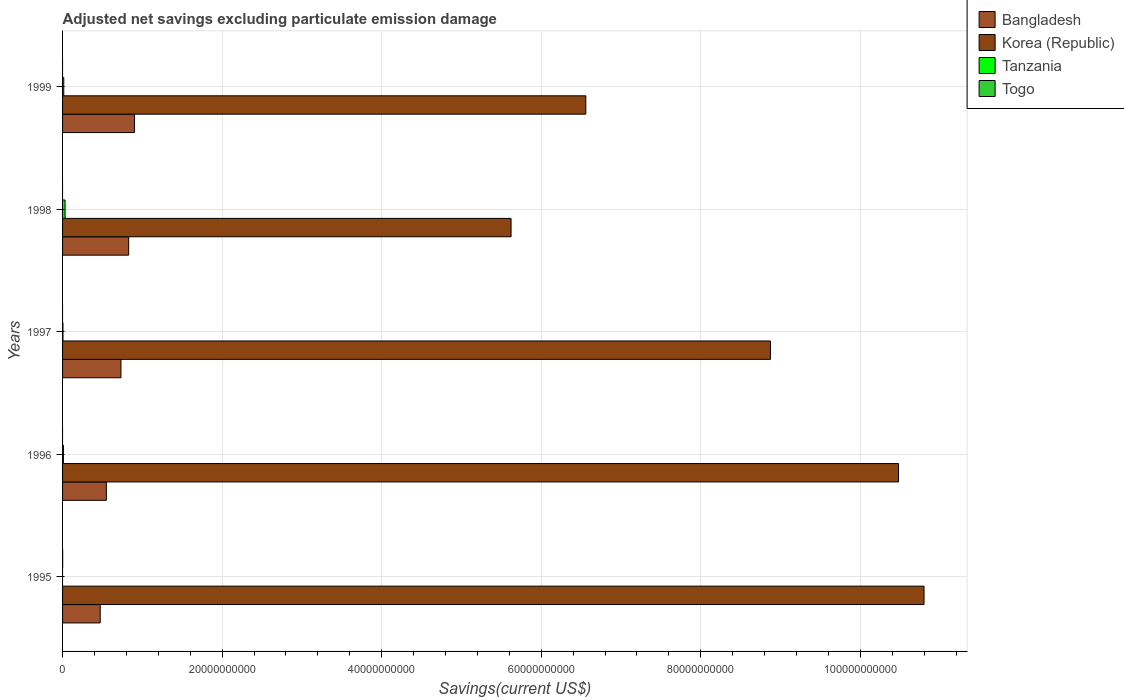
| Years | Bangladesh | Korea (Republic) | Tanzania | Togo |
 | --- | --- | --- | --- | --- |
 | 1995 | 4.72e+09 | 1.08e+11 | -8.62e+07 | 1.12e+07 |
 | 1996 | 5.49e+09 | 1.05e+11 | 1.06e+08 | -3.18e+07 |
 | 1997 | 7.32e+09 | 8.87e+10 | 4.86e+07 | -1.14e+08 |
 | 1998 | 8.29e+09 | 5.62e+10 | 3.16e+08 | -1.11e+08 |
 | 1999 | 9.01e+09 | 6.56e+10 | 1.5e+08 | -8.04e+07 |